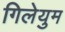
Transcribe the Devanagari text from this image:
गिलेयुम